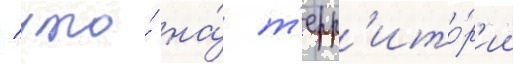
/ что́ на́ т'ерр'ито́р'ии